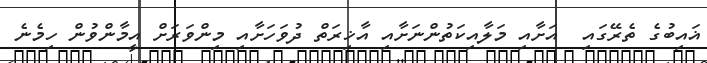
ޣައިބުގެ ތެރޭގައި  އަށާއި މަލާއިކަތުންނަށާއި އާޚިރަތް ދުވަހަށާއި މިންވަރަށް އީމާންވުން ހިމެނެ